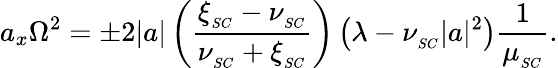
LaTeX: a_{x}\Omega^{2}=\pm 2|a|\left(\frac{\xi_{_{SC}}-\nu_{_{SC}}}{\nu_{_{SC}}+\xi_{_{SC}}}\right)\left(\lambda-\nu_{_{SC}}|a|^{2}\right)\frac{1}{\mu_{_{SC}}}.